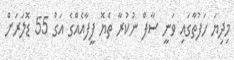
މިދިޔަ ހަފުތާގައި ވަނީ ސާފް ނުކުރާ ތެޔޮ ފީފާއެއްގެ އަގު 55 ޑޮލަރަށް